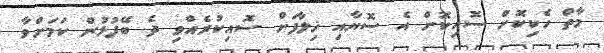
މާތް ހެކިކޮށް ސޮއިކޮށް އެ ސޮޔާއި ޚިލާފަށް ސޮއިކުރެއްވި ދެ ބޭފުޅުން ކަމަށްވާ